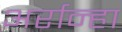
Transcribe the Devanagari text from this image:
अर्रान्हा